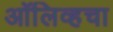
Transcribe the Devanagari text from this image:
ऑलिव्हचा